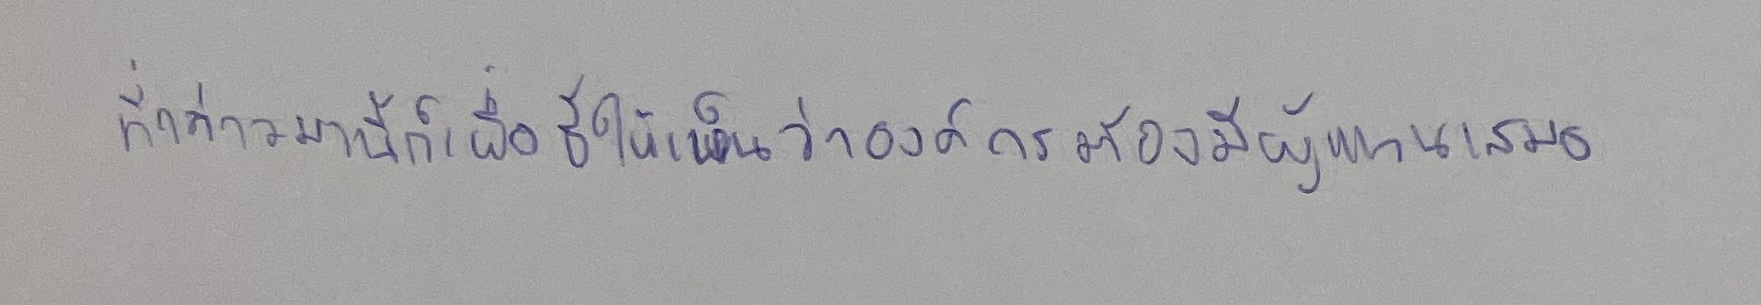
ที่กล่าวมานี้ก็เพื่อชี้ให้เห็นว่าองค์กรต้องมีผู้แทนเสมอ